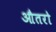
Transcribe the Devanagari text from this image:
औतरो